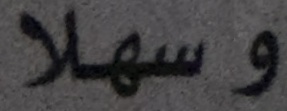
وسهلا